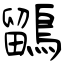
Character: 鶹